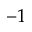
- 1